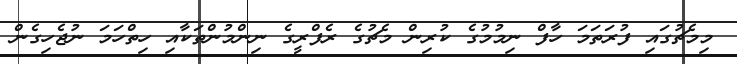
މިމެޗުގައި ފުރަތަމަ ހާފް ނިމުމުގެ ކުރިން މެޗުގެ ރެފްރީގެ ނިންމުންތަކާއި ހިތްހަމަ ނުޖެހިގެން